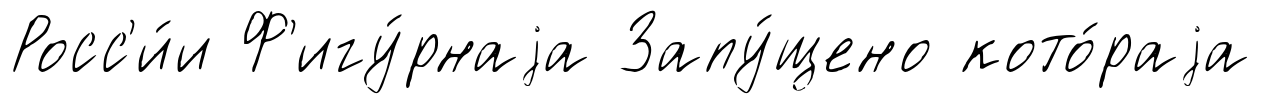
Росс'и́и Ф'игу́рнаjа Запу́щено кото́раjа